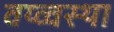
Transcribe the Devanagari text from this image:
वय्व्वस्था